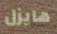
هايزل